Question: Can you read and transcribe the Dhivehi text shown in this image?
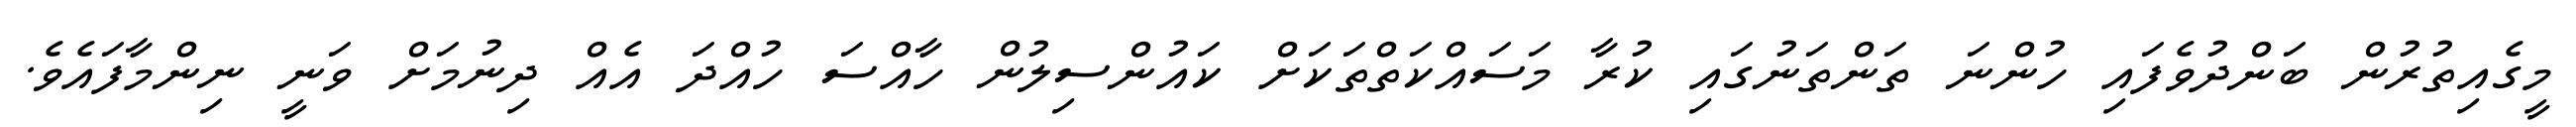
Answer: މީގެއިތުރުން ބަންދުވެފައި ހުންނަ ތަންތަނުގައި ކުރާ މަސައްކަތްތަކަށް ކައުންސިލުން ހާއްސަ ހުއްދަ އެއް ދިނުމަށް ވަނީ ނިންމާފައެވެ.